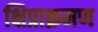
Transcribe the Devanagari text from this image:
क्षिप्राक्रमण